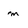
Character: m